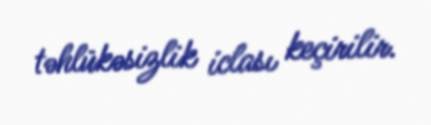
təhlükəsizlik iclası keçirilir.